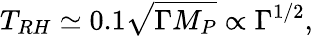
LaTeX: T_{RH}\simeq 0.1\sqrt{\Gamma M_{P}}\propto\Gamma^{1/2},